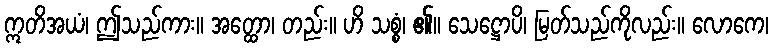
ဣတိအယံ၊ ဤသည်ကား။ အတ္ထော၊ တည်း။ ဟိ သစ္စံ၊ ၏။ သေဋ္ဌောပိ၊ မြတ်သည်ကိုလည်း။ လောကေ၊